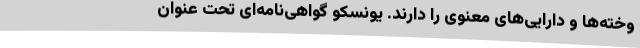
وخته‌ها و دارایی‌های معنوی را دارند. یونسکو گواهی‌نامه‌ای تحت عنوان